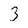
Character: 3